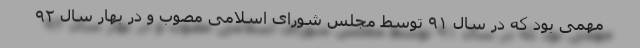
مهمی بود که در سال ۹۱ توسط مجلس شورای اسلامی مصوب و در بهار سال ۹۲